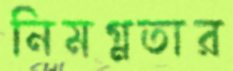
নিমগ্নতার